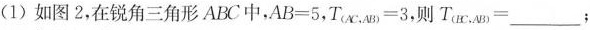
(1)如图2，在锐角三角形ABC中，$$AB=5$$，$$T_{(AC,AB)}=3$$，则$$T_{(BC,AB)}=___$$；